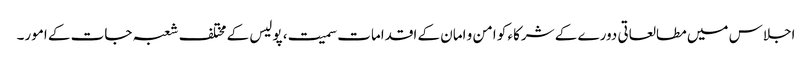
اجلاس میں مطالعاتی دورے کے شرکاء کو امن و امان کے اقدامات سمیت، پولیس کے مختلف شعبہ جات کے امور۔